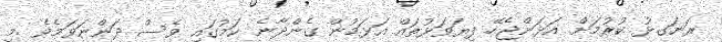
ރަނަގޅު ކުރުމަށް އަޅަންޖެހޭ ފިޔަވަޅުތައް އަޅަމުން ގެންދާނެ ކަމުގައި ވެސް ދަންނަވަމެވެ .މި